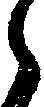
之